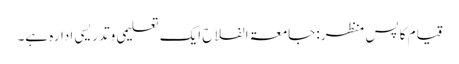
قیام کا پسِ منظر: جامعۃ الفلاح ایک تعلیمی وتدریسی ادارہ ہے۔